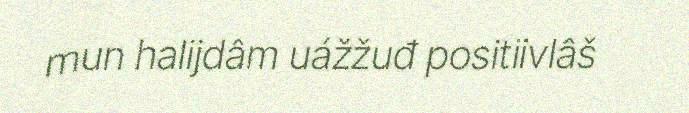
mun halijdâm uážžuđ positiivlâš